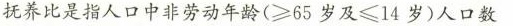
抚养比是指人口中非劳动年龄(≥65岁及≤14岁)人口数